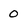
Character: 0